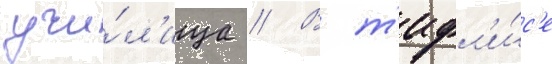
учи́л'ища // В т'ифл'и́с'е